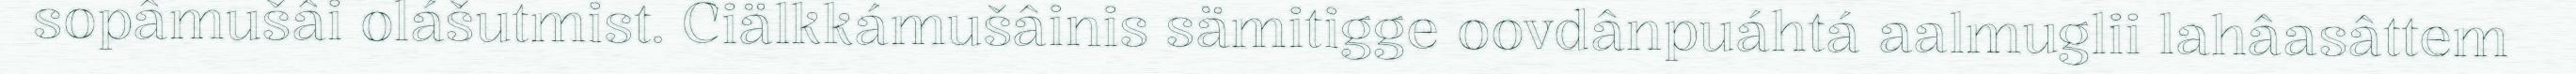
sopâmušâi olášutmist. Ciälkkámušâinis sämitigge oovdânpuáhtá aalmuglii lahâasâttem